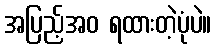
အပြည့်အဝ ရထားတဲ့ပုံပဲ။